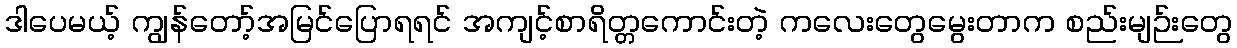
ဒါပေမယ့် ကျွန်တော့်အမြင်ပြောရရင် အကျင့်စာရိတ္တကောင်းတဲ့ ကလေးတွေမွေးတာက စည်းမျဉ်းတွေ